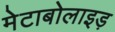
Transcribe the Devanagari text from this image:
मेटाबोलाइड़